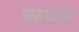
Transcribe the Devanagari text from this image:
जलोदंच